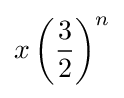
x\left({\frac {3}{2}}\right)^{n}